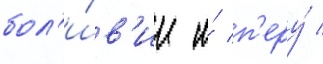
бол'и́в'ии и́ п'еру́ /